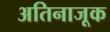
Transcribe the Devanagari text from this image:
अतिनाजूक